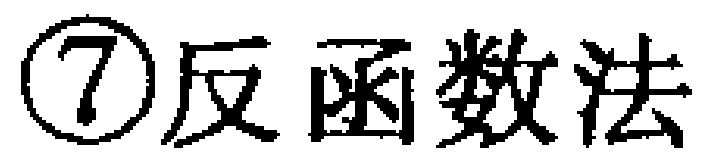
\textcircled{7}反函数法